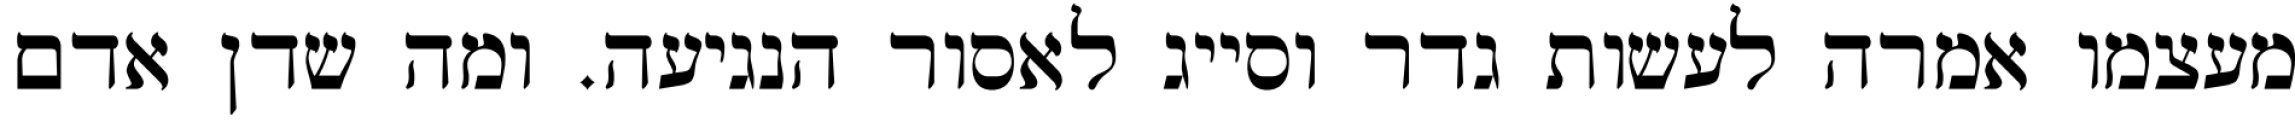
מעצמו אמרה לעשות גדר וסייג לאסור הנגיעה. ומה שדן אדם